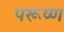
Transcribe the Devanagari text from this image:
परूष्ण